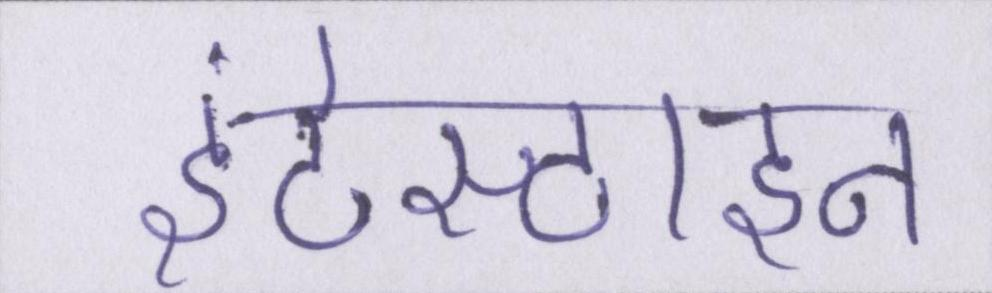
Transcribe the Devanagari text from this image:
इंटेस्टाइन